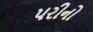
પરીનો